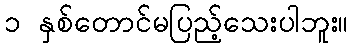
၁ နှစ်တောင်မပြည့်သေးပါဘူး။